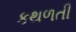
કથળતી